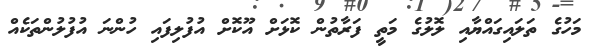
މަހުގެ ތަލައިގައްޔާއި ލޮލުގެ މަތީ ފަރާތުން ކޮޅަށް އޫކޮށް އުފުލިފައި ހުންނަ އުފުލުންތަކެއް